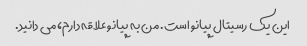
این یک رسیتال پیانو است. من به پیانو علاقه دارم، می دانید.